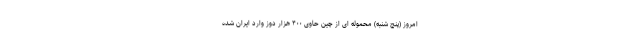
امروز (پنج شنبه) محموله ای از چین حاوی ۴۰۰ هزار دوز وارد ایران شده